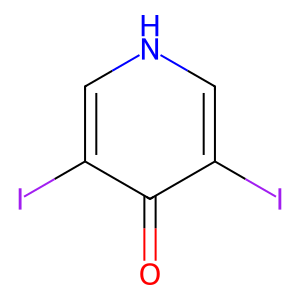
SMILES: O=c1c(I)c[nH]cc1I
Inhibits HIV replication: No